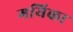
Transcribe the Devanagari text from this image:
गयिका